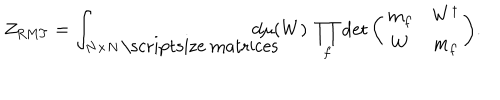
Z _ { \mathrm { R M T } } = \int _ { N \times N \, \mathrm { \scriptsize ~ m a t r i c e s } } \! \! \! \! \! \! \! \! \! \! d \mu ( W ) \ \prod _ { f } \det { \left( \begin{array} { c c } { { m _ { f } } } & { { W ^ { \dagger } } } \\ { { W } } & { { m _ { f } } } \\ \end{array} \right) } .